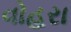
વોહરા